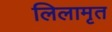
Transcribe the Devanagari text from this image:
लिलामृत